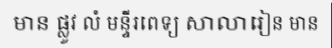
មាន ផ្លូវ លំ មន្ទីរពេទ្យ សាលារៀន មាន